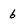
Character: 6